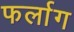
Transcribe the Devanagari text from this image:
फर्लाग